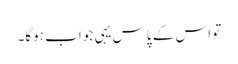
تو اس کے پاس یہی جواب ہوگا۔